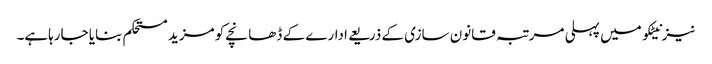
نیز نیٹکو میں پہلی مرتبہ قانون سازی کے ذریعے ادارے کے ڈھانچے کو مزید مستحکم بنایا جارہاہے۔